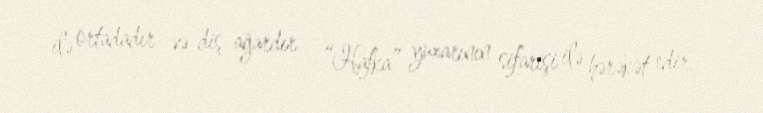
ilə ortadadır və diş ağardır - “Hafka” yuxarının sifarişi ilə hərəkət edir,